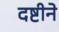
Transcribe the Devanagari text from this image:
दष्टीने